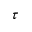
\tau